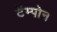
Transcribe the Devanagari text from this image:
टॅम्पोन